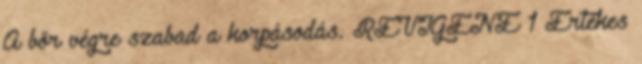
A bőr végre szabad a korpásodás. REVIGENE 1 Értékes